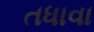
તધાવા